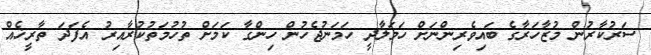
ސަރުކާރުން މުޒާހަރާގެ ބައިވެރިންނަށް ހަމަލާދީ ހަމަނުޖެހުން ހިންގާ ކަމަށް ތުހުމަތުކުރާއިރު އެފަދަ ތާރީޚެއް